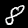
Label: 8